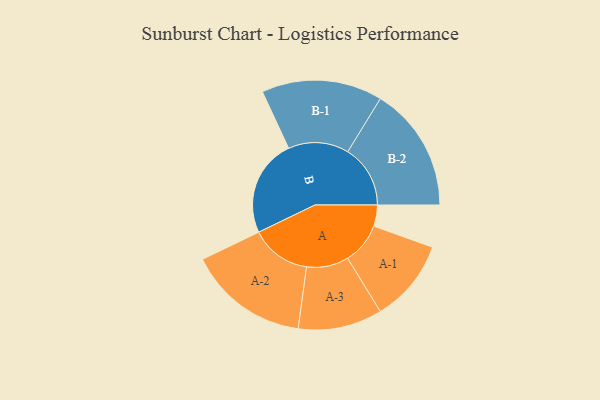
{"axis": {"x": "Segment", "y": "Value"}, "legend": ["", "A", "B"], "data": [{"x": "A", "y": 100, "type": ""}, {"x": "B", "y": 460, "type": ""}, {"x": "A-1", "y": 196, "type": "A"}, {"x": "A-2", "y": 286, "type": "A"}, {"x": "A-3", "y": 199, "type": "A"}, {"x": "B-1", "y": 286, "type": "B"}, {"x": "B-2", "y": 296, "type": "B"}]}